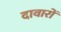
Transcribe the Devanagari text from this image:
दावारों